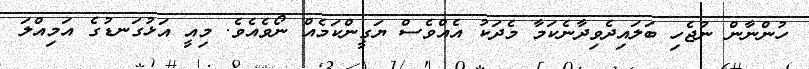
ހުންނާން ނުޖެހި ބަލައިދެވިދާނެކަމާ މެދަކު އެއްވެސް ޔަގީންކަމެއް ނޯވެއެވެ. މިއީ އަޅުގަނޑުގެ އަމިއްލަ